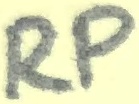
Text: RP